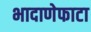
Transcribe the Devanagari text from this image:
भादाणेफाटा